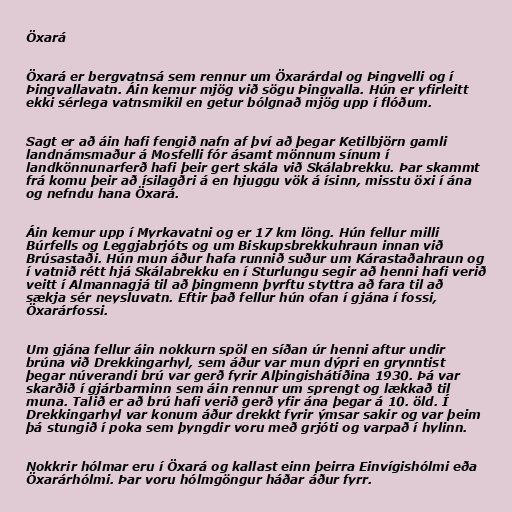
Öxará

Öxará er bergvatnsá sem rennur um Öxarárdal og Þingvelli og í
Þingvallavatn. Áin kemur mjög við sögu Þingvalla. Hún er yfirleitt
ekki sérlega vatnsmikil en getur bólgnað mjög upp í flóðum.

Sagt er að áin hafi fengið nafn af því að þegar Ketilbjörn gamli
landnámsmaður á Mosfelli fór ásamt mönnum sínum í
landkönnunarferð hafi þeir gert skála við Skálabrekku. Þar skammt
frá komu þeir að ísilagðri á en hjuggu vök á ísinn, misstu öxi í ána
og nefndu hana Öxará.

Áin kemur upp í Myrkavatni og er 17 km löng. Hún fellur milli
Búrfells og Leggjabrjóts og um Biskupsbrekkuhraun innan við
Brúsastaði. Hún mun áður hafa runnið suður um Kárastaðahraun og
í vatnið rétt hjá Skálabrekku en í Sturlungu segir að henni hafi verið
veitt í Almannagjá til að þingmenn þyrftu styttra að fara til að
sækja sér neysluvatn. Eftir það fellur hún ofan í gjána í fossi,
Öxarárfossi.

Um gjána fellur áin nokkurn spöl en síðan úr henni aftur undir
brúna við Drekkingarhyl, sem áður var mun dýpri en grynntist
þegar núverandi brú var gerð fyrir Alþingishátíðina 1930. Þá var
skarðið í gjárbarminn sem áin rennur um sprengt og lækkað til
muna. Talið er að brú hafi verið gerð yfir ána þegar á 10. öld. Í
Drekkingarhyl var konum áður drekkt fyrir ýmsar sakir og var þeim
þá stungið í poka sem þyngdir voru með grjóti og varpað í hylinn.

Nokkrir hólmar eru í Öxará og kallast einn þeirra Einvígishólmi eða
Öxarárhólmi. Þar voru hólmgöngur háðar áður fyrr.